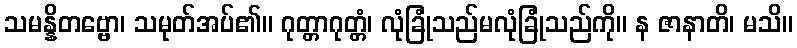
သမန္နိတဗ္ဗော၊ သမုတ်အပ်၏။ ဂုတ္တာဂုတ္တံ၊ လုံခြုံသည်မလုံခြုံသည်ကို။ န ဇာနာတိ၊ မသိ။